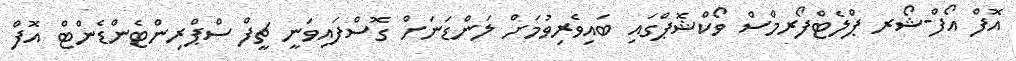
އޮފް އޯފް-ޝޯރ ޕްލެޓްފޯރމްސް ވޯކްޝޮޕްގައި ބައިވެރިވުމަށް ލަންޑަނަށް ގޮސްފައިވަނީ ޗީފް ސްޕްރިންޓެންޑެންޓް އޮފް